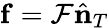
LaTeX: {\mathbf f}={\cal F}\hat{\mathbf n}_{T}